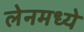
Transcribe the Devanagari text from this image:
लेनमध्ये